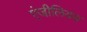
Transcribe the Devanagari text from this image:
एंजीलियंस